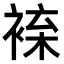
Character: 𧚦